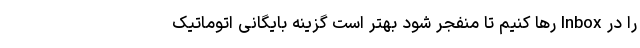
را در Inbox رها کنیم تا منفجر شود بهتر است گزینه بایگانی اتوماتیک